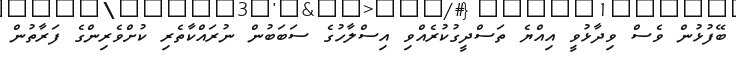
ބޭފުޅުން ވެސް ވިދާޅުވީ އިއްޔެ ތަސްދީގުކުރެއްވި އިސްލާހުގެ ސަބަބުން ނުރައްކާތެރި ކުށްވެރިންގެ ފަރާތުން